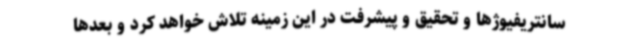
سانتریفیوژها و تحقیق و پیشرفت در این زمینه تلاش خواهد کرد و بعدها